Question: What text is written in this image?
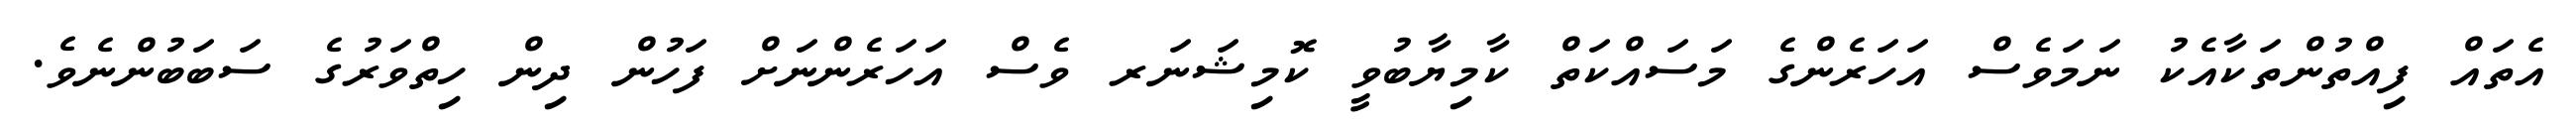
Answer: އެތައް ފިއްތުންތަކާއެކު ނަމަވެސް އަހަރެންގެ މަސައްކަތް ކާމިޔާބުވީ ކޮމިޝަނަރ ވެސް އަހަރެންނަށް ފަހުން ދިން ހިތްވަރުގެ ސަބަބުންނެވެ.